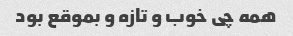
همه چی خوب و تازه و بموقع بود